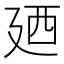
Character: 廼